Annual report of the Madras Medical College
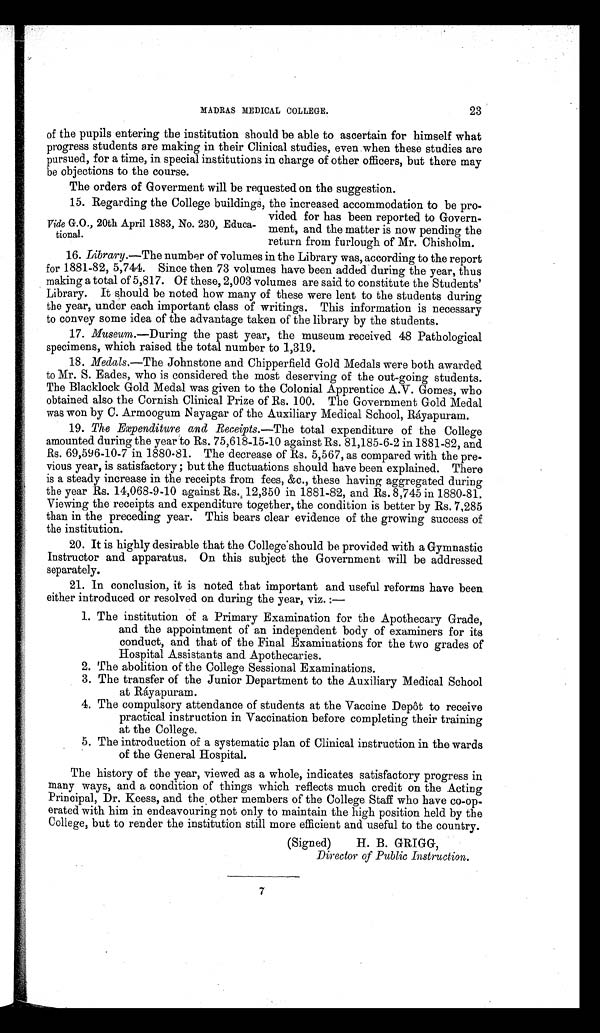
MADRAS MEDICAL COLLEGE.
23
of the pupils entering the institution should be able to ascertain for himself what
progress students are making in their Clinical studies, even when these studies are
pursued, for a time, in special institutions in charge of other officers, but there may
be objections to the course.
The orders of Goverment will be requested on the suggestion.
15. Regarding the College buildings, the increased accommodation to be pro-
vided for has been reported to Govern-
Vide G.O., 20th April 1883, No. 230, Educa- ment, and the matter is now pending the
tional.
return from furlough of Mr. Chisholm.
16. Library.—The number of volumes in the Library was, according to the report
for 1881-82, 5,744. Since then 73 volumes have been added during the year, thus
making a total of 5,817. Of these, 2,003 volumes are said to constitute the Students'
Library. It should be noted how many of these were lent to the students during
the year, under each important class of writings. This information is necessary
to convey some idea of the advantage taken of the library by the students.
17. Museum.—During the past year, the museum received 48 Pathological
specimens, which raised the total number to 1,319.
18. Medals.—The Johnstone and Chipperfield Gold Medals were both awarded
to Mr. S. Eades, who is considered the most deserving of the out-going students.
The Blacklock Gold Medal was given to the Colonial Apprentice A.V. Gomes, who
obtained also the Cornish Clinical Prize of Rs. 100. The Government Gold Medal
was won by C. Armoogum Nayagar of the Auxiliary Medical School, Ráyapuram.
19. The Expenditure and Receipts.—The total expenditure of the College
amounted during the year to Rs. 75,618-15-10 against Rs. 81,185-6-2 in 1881-82, and
Rs. 69,596-10-7 in 1880-81. The decrease of Rs. 5,567, as compared with the pre-
vious year, is satisfactory ; but the fluctuations should have been explained. There
is a steady increase in the receipts from fees, &c., these having aggregated during
the year Rs. 14,068-9-10 against 12,350 in 1881-82, and Rs. 8,745 in 1880-81.
Viewing the receipts and expenditure together, the condition is better by Rs. 7,285
than in the preceding year. This bears clear evidence of the growing success of
the institution.
20. It is highly desirable that the College should be provided with a Gymnastic
Instructor and apparatus. On this subject the Government will be addressed
separately.
21. In conclusion, it is noted that important and useful reforms have been
either introduced or resolved on during the year, viz. :—
1. The institution of a Primary Examination for the Apothecary Grade,
and the appointment of an independent body of examiners for its
conduct, and that of the Final Examinations for the two grades of
Hospital Assistants and Apothecaries.
2. The abolition of the College Sessional Examinations.
3. The transfer of the Junior Department to the Auxiliary Medical School
at Ráyapuram.
4. The compulsory attendance of students at the Vaccine Depot to receive
practical instruction in Vaccination before completing their training
at the College.
5. The introduction of a systematic plan of Clinical instruction in the wards
of the General Hospital.
The history of the year, viewed as a whole, indicates satisfactory progress in
many ways, and a condition of things which reflects much credit on the Acting
Principal, Dr. Keess, and the other members of the College Staff who have co-op-
erated with him in endeavouring not only to maintain the high position held by the
College, but to render the institution still more efficient and useful to the country.
(Signed)
H. B. GRIGG)
Director of Public Instruction.
7